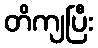
တိကျပြီး